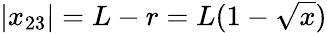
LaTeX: |x_{23}|=L-r=L(1-\sqrt{x})